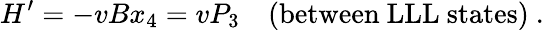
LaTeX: H^{\prime}=-vBx_{4}=vP_{3}\quad(\mathrm{between~LLL~states})\ .